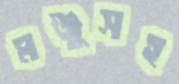
মঞ্জুসহ